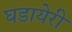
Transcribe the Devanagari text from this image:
घडायेरी